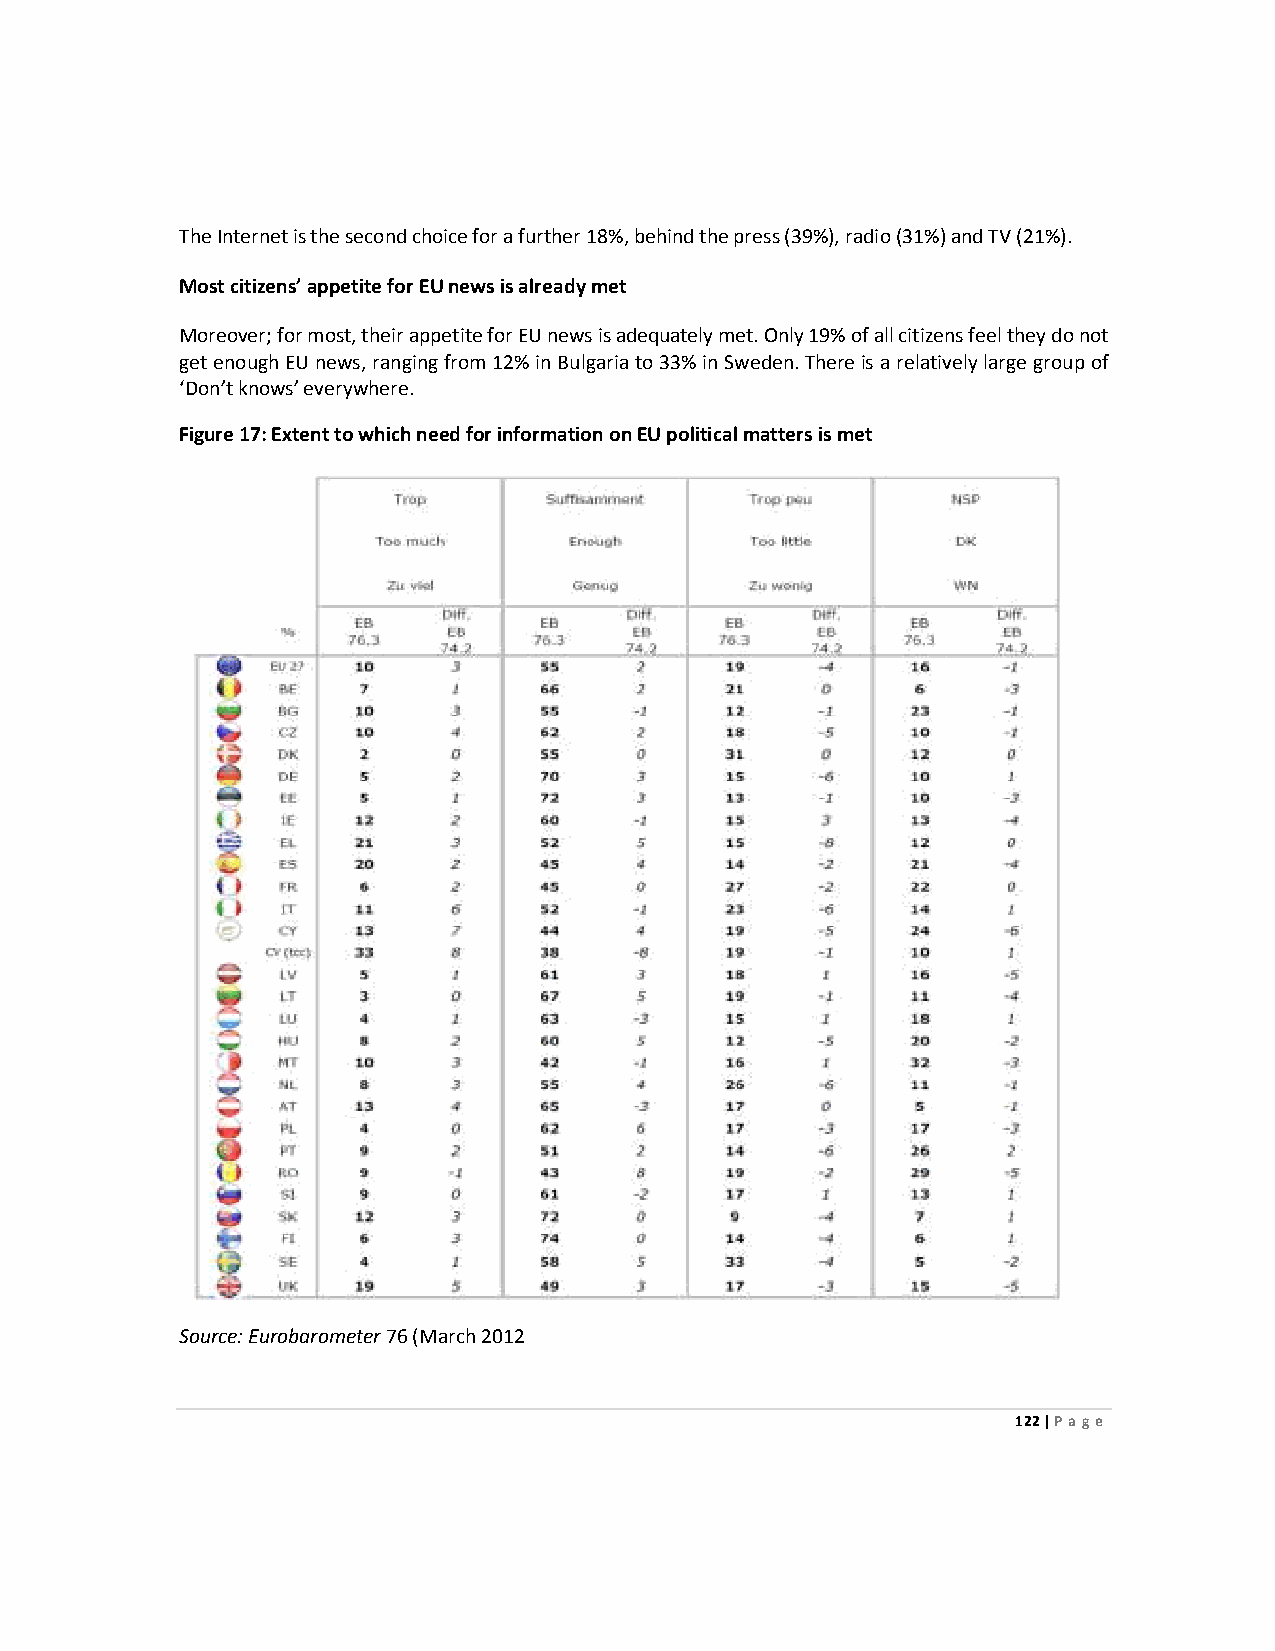
The Internet is the second choice for a further 18%, behind the press (39%), radio (31%) and TV (21%).
 Most citizens’ appetite for EU news is already met
 Moreover; for most, their appetite for EU news is adequately met. Only 19% of all citizens feel they do not
 get enough EU news, ranging from 12% in Bulgaria to 33% in Sweden. There is a relatively large group of
 ‘Don’t knows’ everywhere.
 Figure 17: Extent to which need for information on EU political matters is met
 Source: Eurobarometer 76 (March 2012
 122 | Page